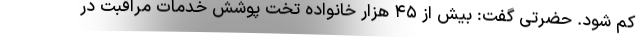
کم شود. حضرتی گفت: بیش از ۴۵ هزار خانواده تخت پوشش خدمات مراقبت در